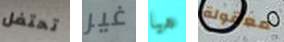
تحتفل غير هيا معقولة